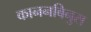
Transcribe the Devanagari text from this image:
काननबिनुस